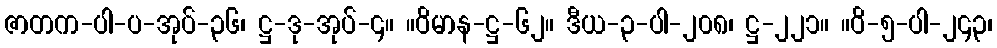
ဇာတက-ပါ-ပ-အုပ်-၃၆၊ ဋ္ဌ-ဒု-အုပ်-၄။ ။ဝိမာန-ဋ္ဌ-၆၂။ ဒီယ-၃-ပါ-၂၀၈၊ ဋ္ဌ-၂၂၁။ ။ဝိ-၅-ပါ-၂၄၃၊